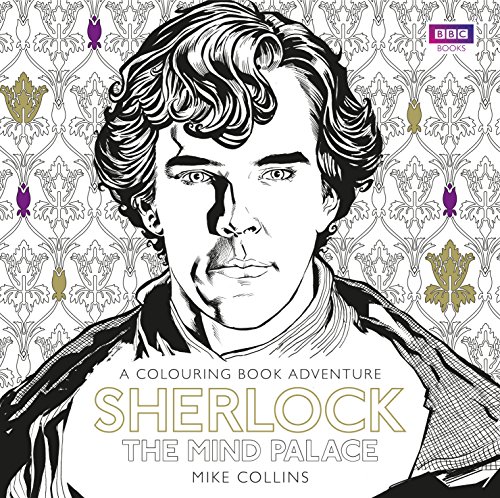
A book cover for Sherlock: The Mind Palace: The Official Colouring Book; Mike Collins; Teen & Young Adult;